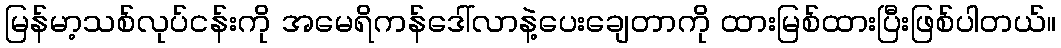
မြန်မာ့သစ်လုပ်ငန်းကို အမေရိကန်ဒေါ်လာနဲ့ပေးချေတာကို ထားမြစ်ထားပြီးဖြစ်ပါတယ်။